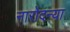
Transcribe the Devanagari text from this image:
नारोदन्या